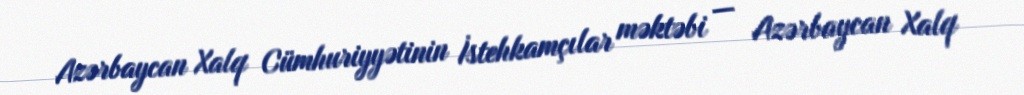
Azərbaycan Xalq Cümhuriyyətinin İstehkamçılar məktəbi — Azərbaycan Xalq